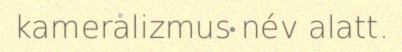
kameralizmus név alatt.